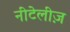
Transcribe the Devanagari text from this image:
नीटेलीज़